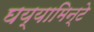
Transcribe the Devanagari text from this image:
घय्यामिन्टे